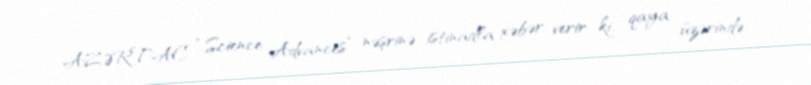
AZƏRTAC “Science Advances” nəşrinə istinadla xəbər verir ki, qaya üzərində